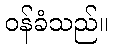
ဝန်ခံသည်။